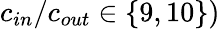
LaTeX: c_{in}/c_{out}\in\{ 9,10\} )